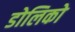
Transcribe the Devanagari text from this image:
डोलिको